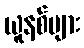
ယူနစ်များ